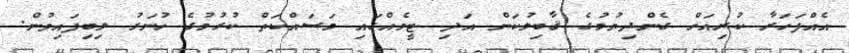
އެއްފަހަރާ ކުރިއަށް ގެންދިޔުމުގެ ޤާބިލުކަން އަދި ޓީމެއްގައި މަސައްކަތް ކުރުމުގެ ހުނަރު ލިބިފައިވުން.